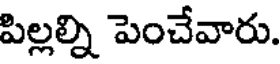
పిల్లల్ని పెంచేవారు.